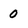
Character: 0